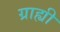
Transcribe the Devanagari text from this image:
ग्राह्यी